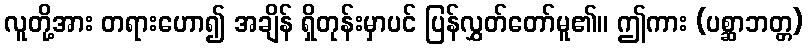
လူတို့အား တရားဟော၍ အချိန် ရှိတုန်းမှာပင် ပြန်လွှတ်တော်မူ၏။ ဤကား (ပစ္ဆာဘတ္တ)